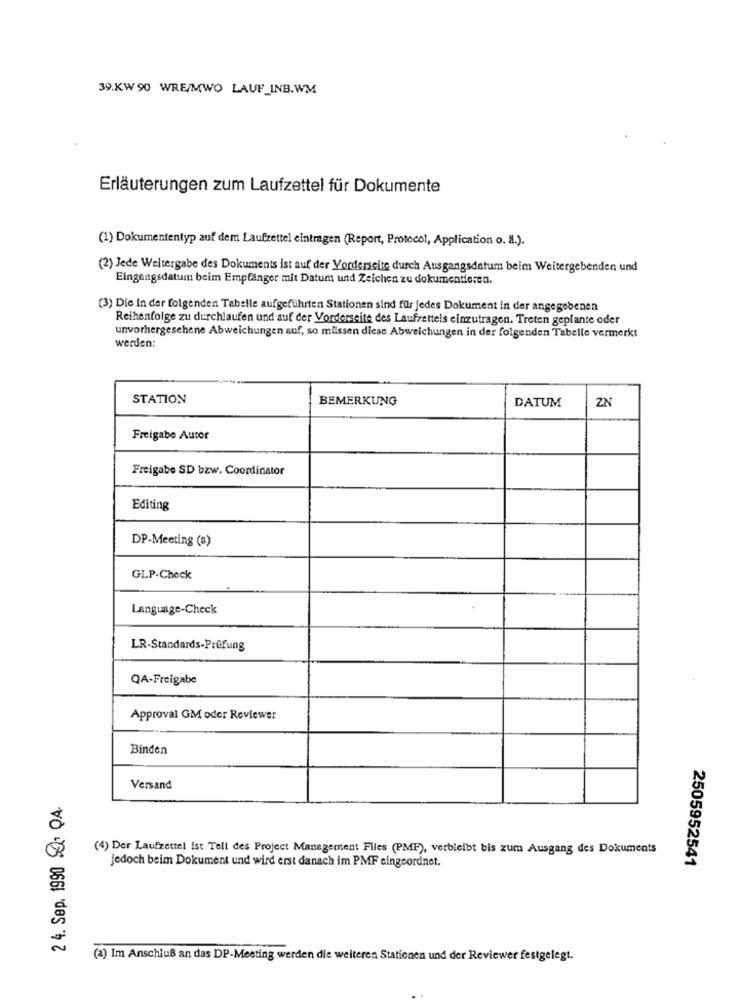
39.KW 90 WRE/MWO LAUF_INB.WM
Erläuterungen zum Laufzettel für Dokumente
(1) Dokumententyp auf dem Laufzettel eintragen (Report, Protocol, Application o. a.).
(2) Jede Weitergabe des Dokuments ist auf der Vorderseite durch Ausgangsdatum beim Weitergebenden und
Eingangsdatum beim Empfänger mit Datum und Zeichen zu dokumentieren.
(3) Die in der folgenden Tabelle aufgeführten Stationen sind für jedes Dokument in der angegebenen
Reihenfolge zu durchlaufen und auf der Vorderseite des Laufzettels einzutragen. Treten geplante oder
unvorhergesehene Abweichungen auf, so müssen diese Abweichungen in der folgenden Tabelle vermerkt
werden:
STATION
BEMERKUNG
DATUM
ZN
Freigabe Autor
Freigabe SD bzw. Coordinator
Editing
DP-Meeting (a)
GLP-Check
Language-Check
LR-Standards-Prüfung
QA-Freigabe
Approval GM oder Reviewer
Binden
Versand
2 4. Sep. 190 2. 04.
(4) Der Laufzettel ist Tell des Project Management Files (PMF), verbleibt bis zum Ausgang des Dokuments
Jedoch beim Dokument und wird erst danach im PMF eingeordnet.
2505952541
(a) Im Anschluß an das DP-Meeting werden die weiteren Stationen und der Reviewer festgelegt.